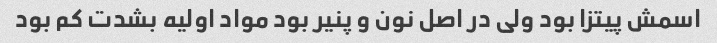
اسمش پیتزا بود ولی در اصل نون و پنیر بود مواد اولیه بشدت کم بود